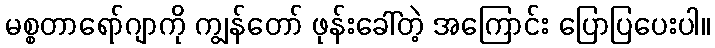
မစ္စတာရော်ဂျာကို ကျွန်တော် ဖုန်းခေါ်တဲ့ အကြောင်း ပြောပြပေးပါ။